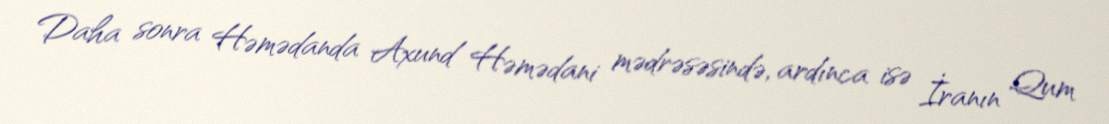
Daha sonra Həmədanda Axund Həmədani mədrəsəsində, ardınca isə İranın Qum